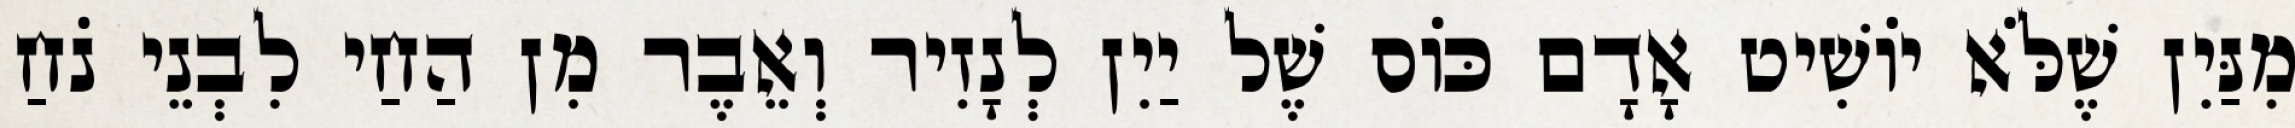
מִנַּיִן שֶׁלֹּא יוֹשִׁיט אָדָם כּוֹס שֶׁל יַיִן לְנָזִיר וְאֵבֶר מִן הַחַי לִבְנֵי נֹחַ